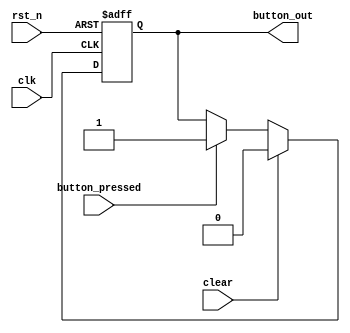
`timescale 1ns / 1ps
//////////////////////////////////////////////////////////////////////////////////
// 
// Munya Kaudani 
// Elevator Controller button module
// 
//////////////////////////////////////////////////////////////////////////////////

module elevator_button(
    input wire clk,
    input wire rst_n,
    input wire button_pressed,
    input wire clear,		       
    output reg button_out
    );

   reg	       button_out_next;
   
    // clock in registers, asynch active-low reset    
    always @(posedge clk or negedge rst_n)
    begin
        if (rst_n == 1'b0) begin
	   button_out <= 1'b0;
        end else begin
           button_out <= button_out_next; 
        end   
    end

    // combinational logic for next_state_logic
    always @(*)
      begin

	 button_out_next = button_out;

	 if ( clear == 1'b1 ) begin
	    button_out_next = 1'b0;
	 end else if (button_pressed == 1'b1) begin
	    button_out_next = 1'b1;
	 end
	 
      end 
     
endmodule